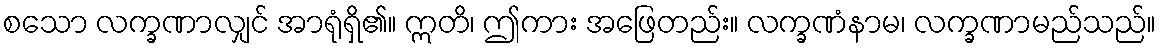
စသော လက္ခဏာလျှင် အာရုံရှိ၏။ ဣတိ၊ ဤကား အဖြေတည်း။ လက္ခဏံနာမ၊ လက္ခဏာမည်သည်။